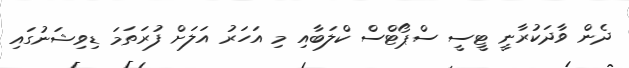
ދެން ވާދަކުރާނީ ޓީސީ ސްޕޯޓްސް ކްލަބާއި މި އަހަރު އަލަށް ފުރަތަމަ ޑިވިޝަނުގައި